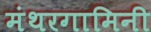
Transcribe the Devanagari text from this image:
मंथरगामिनी